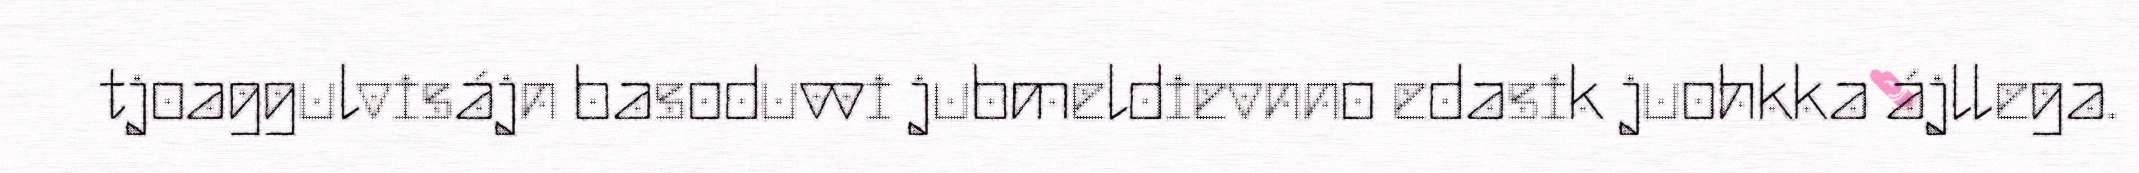
tjoaggulvisájn basoduvvi jubmeldievnno edasik juohkka ájllega.